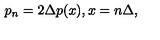
p _ { n } = 2 \Delta p ( x ) , x = n \Delta ,